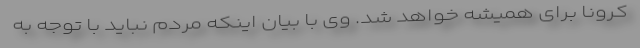
کرونا برای همیشه خواهد شد. وی با بیان اینکه مردم نباید با توجه به